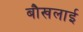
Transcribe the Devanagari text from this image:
बौखलाई